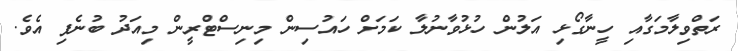
ރަތްވިލާމަގާއި ހީނާގޯޅި އަލުން ހުޅުވާނުލާ ކަމަށް ހައުސިން މިނިސްޓްރީން މިއަދު ބުނެފި އެވެ.